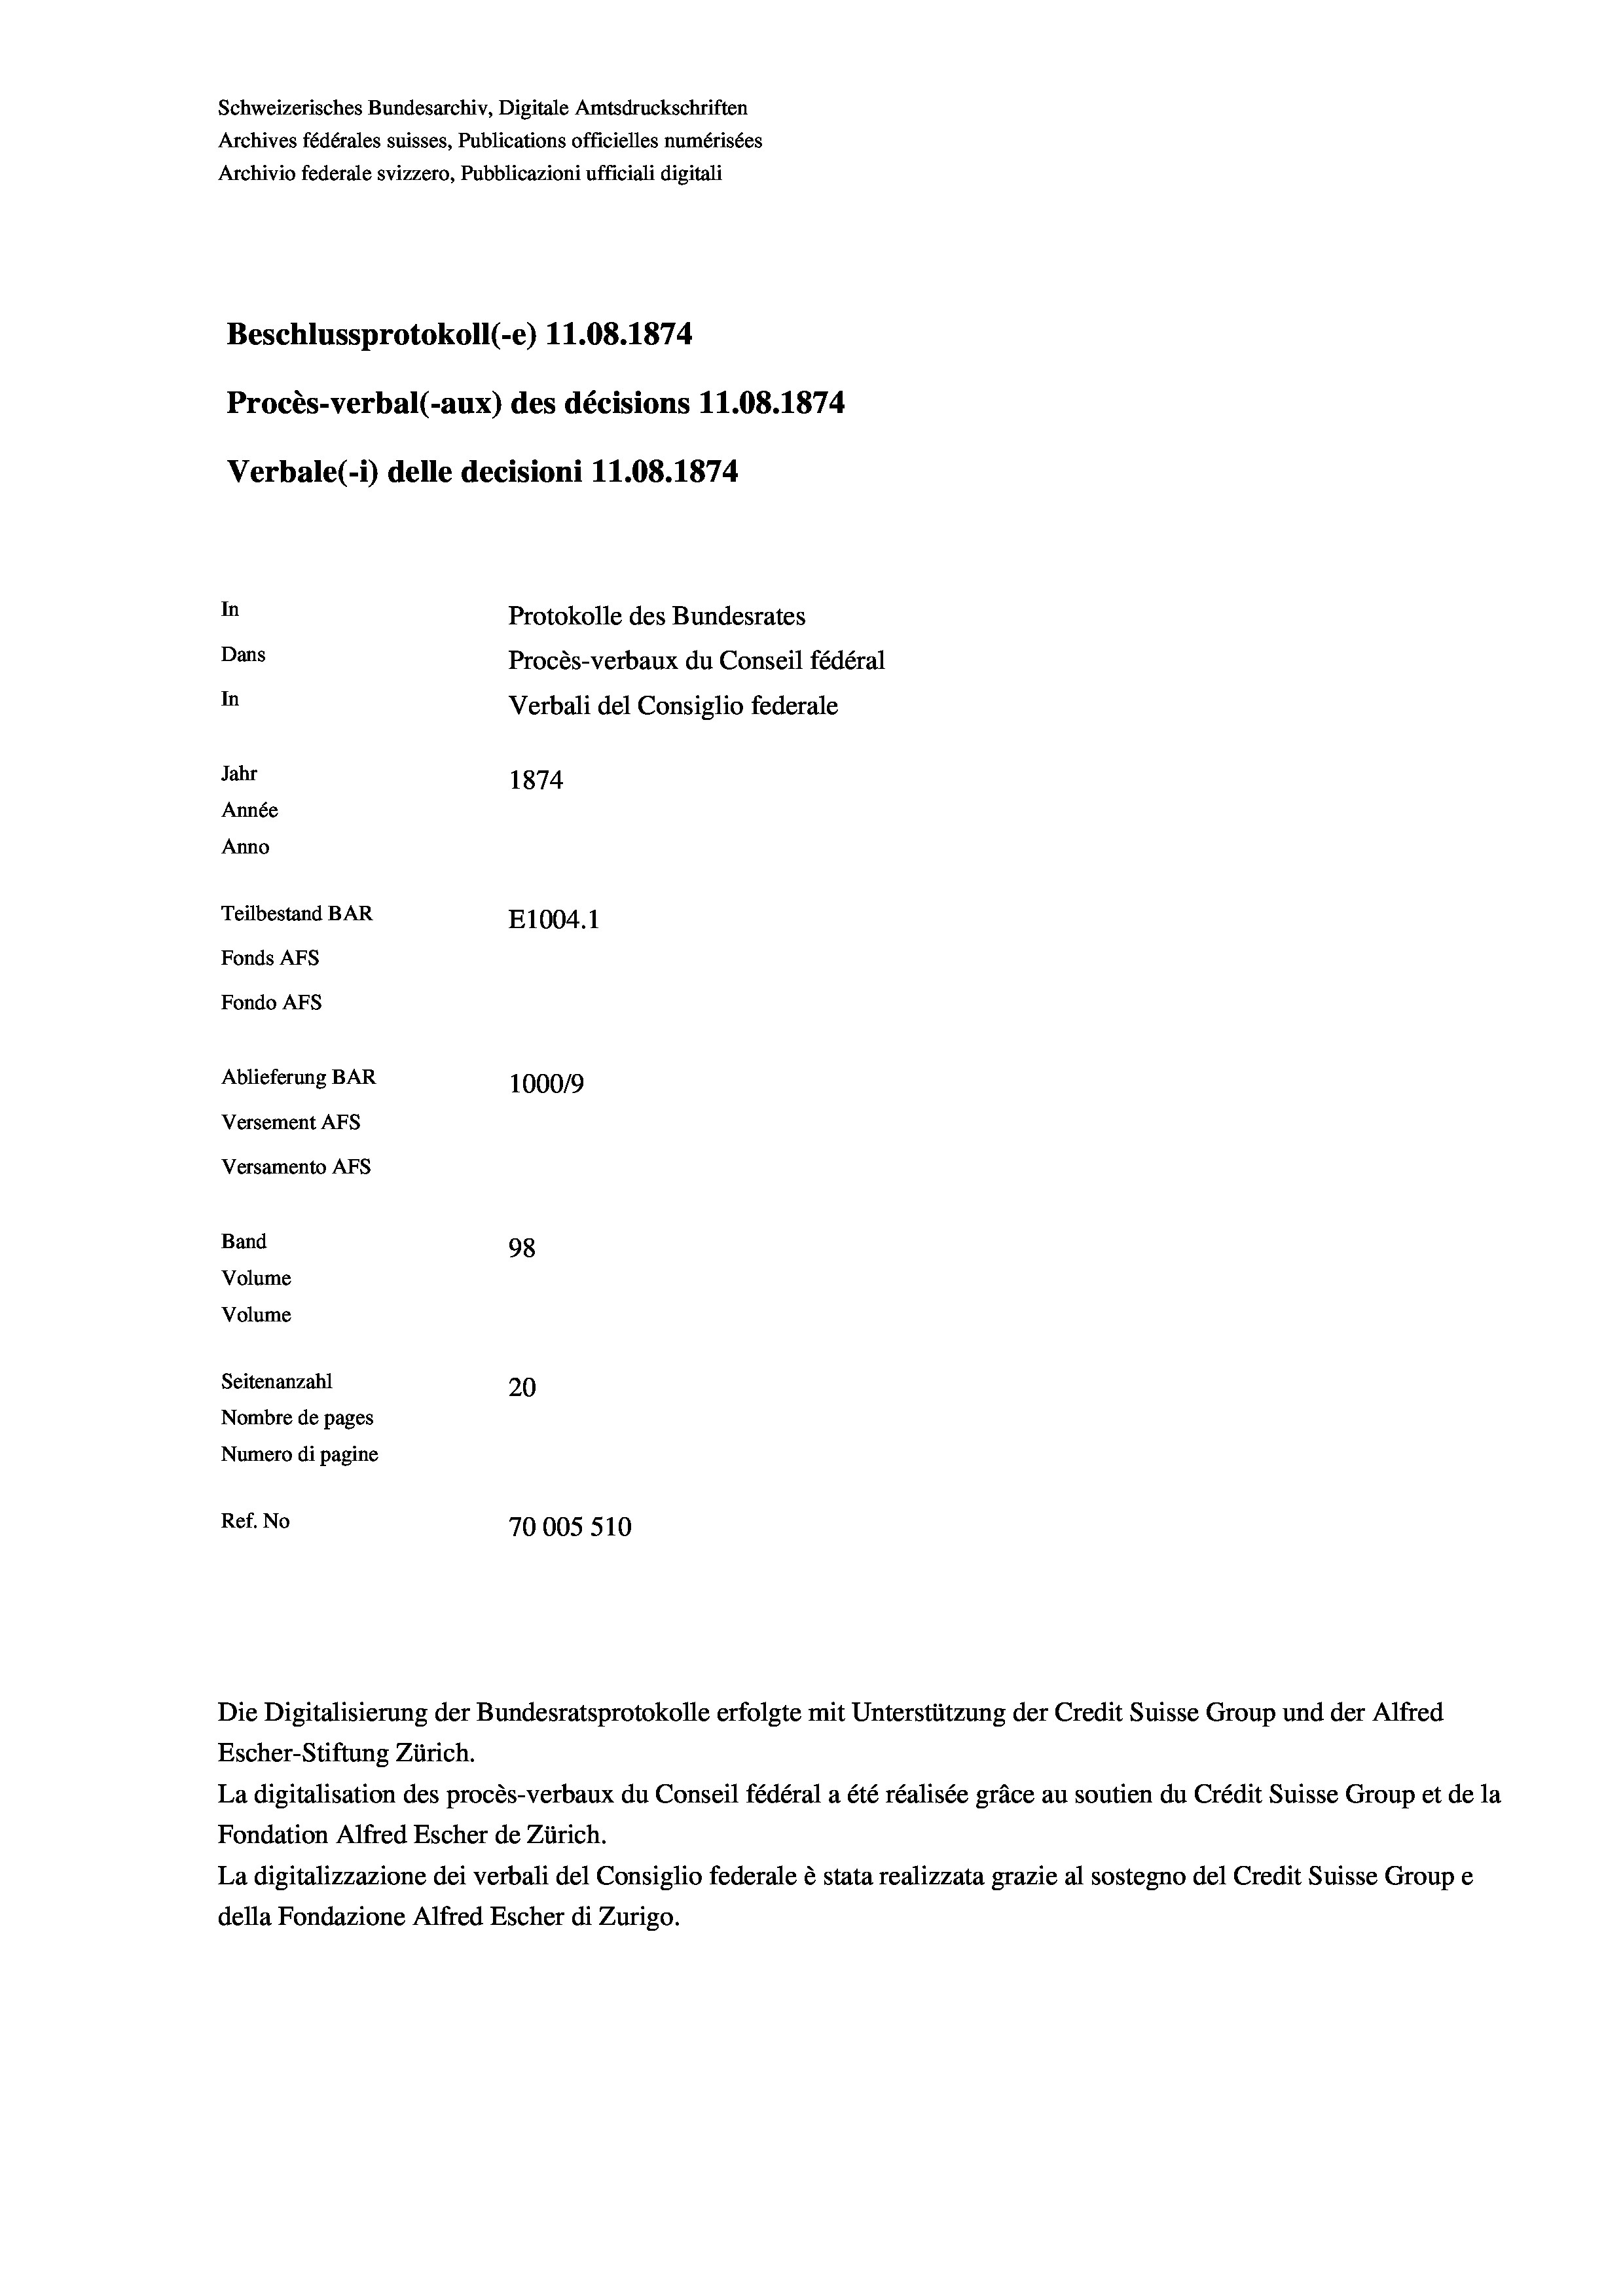
Schweizerisches Bundesarchiv, Digitale Amtsdruckschriften
Archives fédérales suisses, Publications officielles numérisées
Archivio federale svizzero, Pubblicazioni ufficiali digitali
Beschlussprotokoll (-e) 11.08. 1874
Procès-verbal (-aux) des décisions 11.08. 1874
Verbale (1) delle decisioni 11.08. 1874
In
Protokolle des Bundesrates
Dans
Procès-verbaux du Conseil fédéral
In
Verbali del Consiglio federale
Jahr
1874
Année
Anno
Teilbestand BAR
E1004. 1
Fonds Afs
Fondo AFs
Ablieferung BAR
100019
Versement Abs
Versamento AFs
Band
98
Volume
Volume
Seitenanzahl
20
Nombre de pages
Numero di pagine
Ref. No
70005 510

Die Digitalisierung der Bundesratsprotokolle erfolgte mit Unterstützung der Credit Suisse Group und der Alfred
Escher-Stiftung Zürich.
La digitalisation des procès-verbaux du Conseil fédéral a été réalisée gräce au soutien du Crédit Suisse Group et de la
Fondation Alfred Escher de Zürich.
La digitalizzazione dei verbali del Consiglio federale è stata realizzata grazie al sostegno del Credit Suisse Groupe
della Fondazione Alfred Escher di Zurigo.